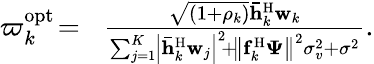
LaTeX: \begin{array}{rl}{{\varpi_{k}^{\mathrm{{opt}}}}\! =}&{\! \frac{{\sqrt{\left({1+{\rho_{k}}}\right)}{\mathbf{\bar{h}}}_{k}^{\mathrm{H}}{{\mathbf{w}}_{k}}}}{{\sum_{j=1}^{K}\! {{{\left|{{\mathbf{\bar{h}}}_{k}^{\mathrm{H}}{{\mathbf{w}}_{j}}}\right|}^{2}}}\! +\! {{\left\| {{\mathbf{f}}_{k}^{\mathrm{H}}{{\mathbf{\Psi}}}}\right\| }^{2}}\sigma_{v}^{2}+{\sigma^{2}}}}.}\end{array}